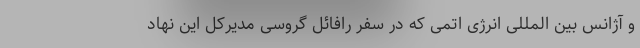
و آژانس بین المللی انرژی اتمی که در سفر رافائل گروسی مدیرکل این نهاد